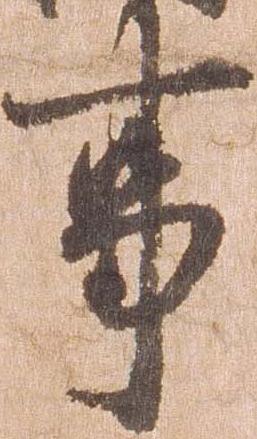
事